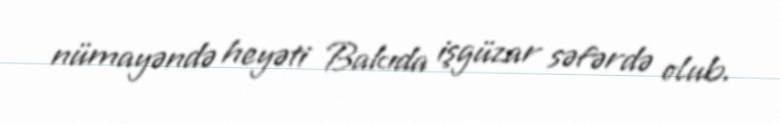
nümayəndə heyəti Bakıda işgüzar səfərdə olub.